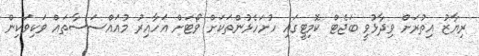
ރިޔާޒު އިތުރަށް ވިދާޅުވީ ބަޖެޓް ކޮމިޓީގައި ހުށަހެޅުންތަކަށް ވޯޓަށް އަހާއިރު މުއައްސަސާތައް ވަކިވަކިން